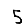
Digit: 5